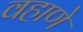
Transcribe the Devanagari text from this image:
वहाणे